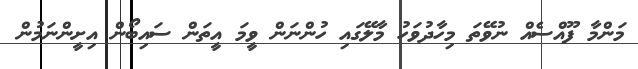
މަންމާ ފޫއްސެއް ނުވޭތަ މިހާދުވަހު މާލޭގައި ހުންނަން ވީމަ އީތަން ސައިބޯން އިށީންނަމުން